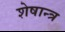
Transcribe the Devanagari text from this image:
शेषान्त्र